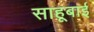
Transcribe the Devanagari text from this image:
साहूबाई